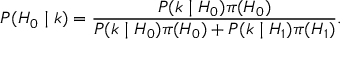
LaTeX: P ( H _ { 0 } \mid k ) = { \frac { P ( k \mid H _ { 0 } ) \pi ( H _ { 0 } ) } { P ( k \mid H _ { 0 } ) \pi ( H _ { 0 } ) + P ( k \mid H _ { 1 } ) \pi ( H _ { 1 } ) } } .